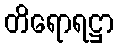
တိရောရဋ္ဌာ